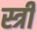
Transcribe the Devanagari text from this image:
स्त्रीं